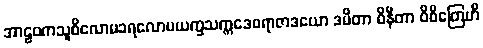
အာဠဝကသူစိလောမခရလောမယက္ခသက္ကဒေဝရာဇာဒယော ဒမိတာ ဝိနီတာ ဝိစိတြေဟိ